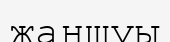
жаншуы